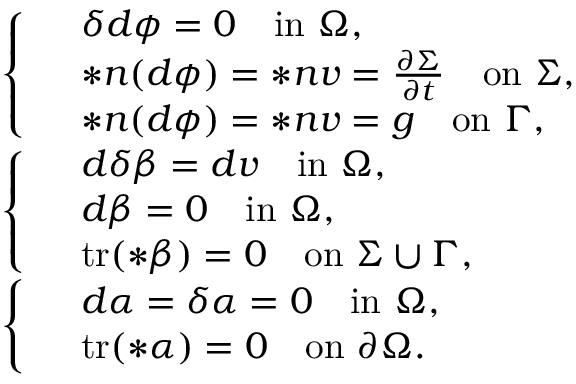
\begin{array} { r l } & { \left\{ \begin{array} { l l } & { \delta d \phi = 0 \quad \mathrm { i n } \ \Omega , } \\ & { \ast \boldsymbol { n } ( d \phi ) = \ast \boldsymbol { n } v = \frac { \partial \Sigma } { \partial t } \quad \mathrm { o n } \ \Sigma , } \\ & { \ast \boldsymbol { n } ( d \phi ) = \ast \boldsymbol { n } v = g \quad \mathrm { o n } \ \Gamma , } \end{array} \right. } \\ & { \left\{ \begin{array} { l l } & { d \delta \beta = d v \quad \mathrm { i n } \ \Omega , } \\ & { d \beta = 0 \quad \mathrm { i n } \ \Omega , } \\ & { \mathrm { t r } ( \ast \beta ) = 0 \quad \mathrm { o n } \ \Sigma \cup \Gamma , } \end{array} \right. } \\ & { \left\{ \begin{array} { l l } & { d \alpha = \delta \alpha = 0 \quad \mathrm { i n } \ \Omega , } \\ & { \mathrm { t r } ( \ast \alpha ) = 0 \quad \mathrm { o n } \ \partial \Omega . } \end{array} \right. } \end{array}